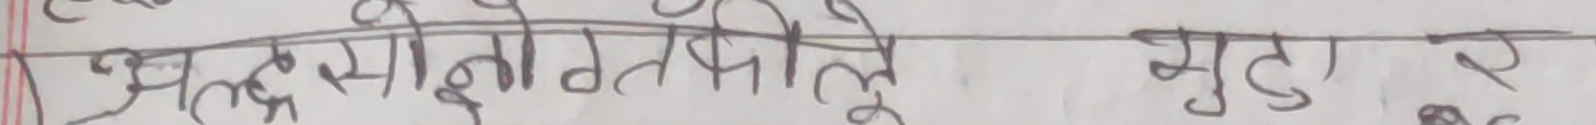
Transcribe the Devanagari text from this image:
अलझिन गोतपोले भुटु र